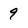
Character: 9